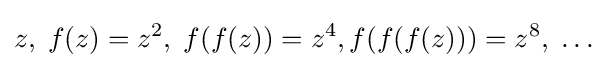
z,\;f(z)=z^{2},\;f(f(z))=z^{4},f(f(f(z)))=z^{8},\;\ldots